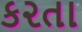
ક૨તા